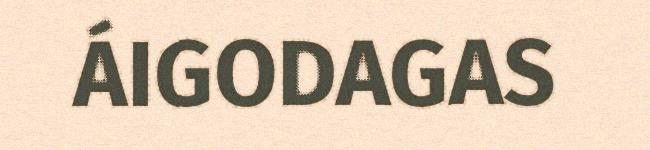
ÁIGODAGAS